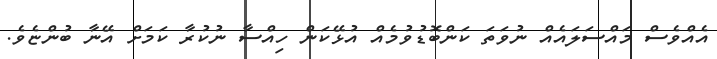
އެއްވެސް މައްސަލައެއް ނުވަތަ ކަންބޮޑުވުމެއް އުޅޭކަން ހިއްސާ ނުކުރާ ކަމަށް އޭނާ ބުންޏެވެ.